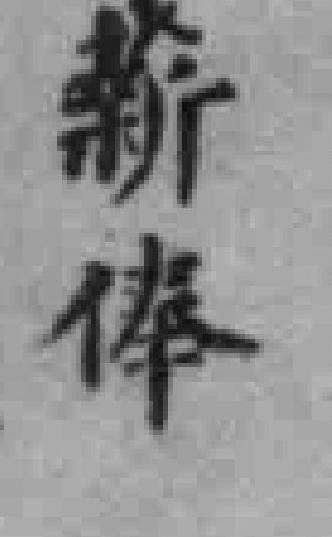
薪俸